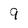
Character: 9